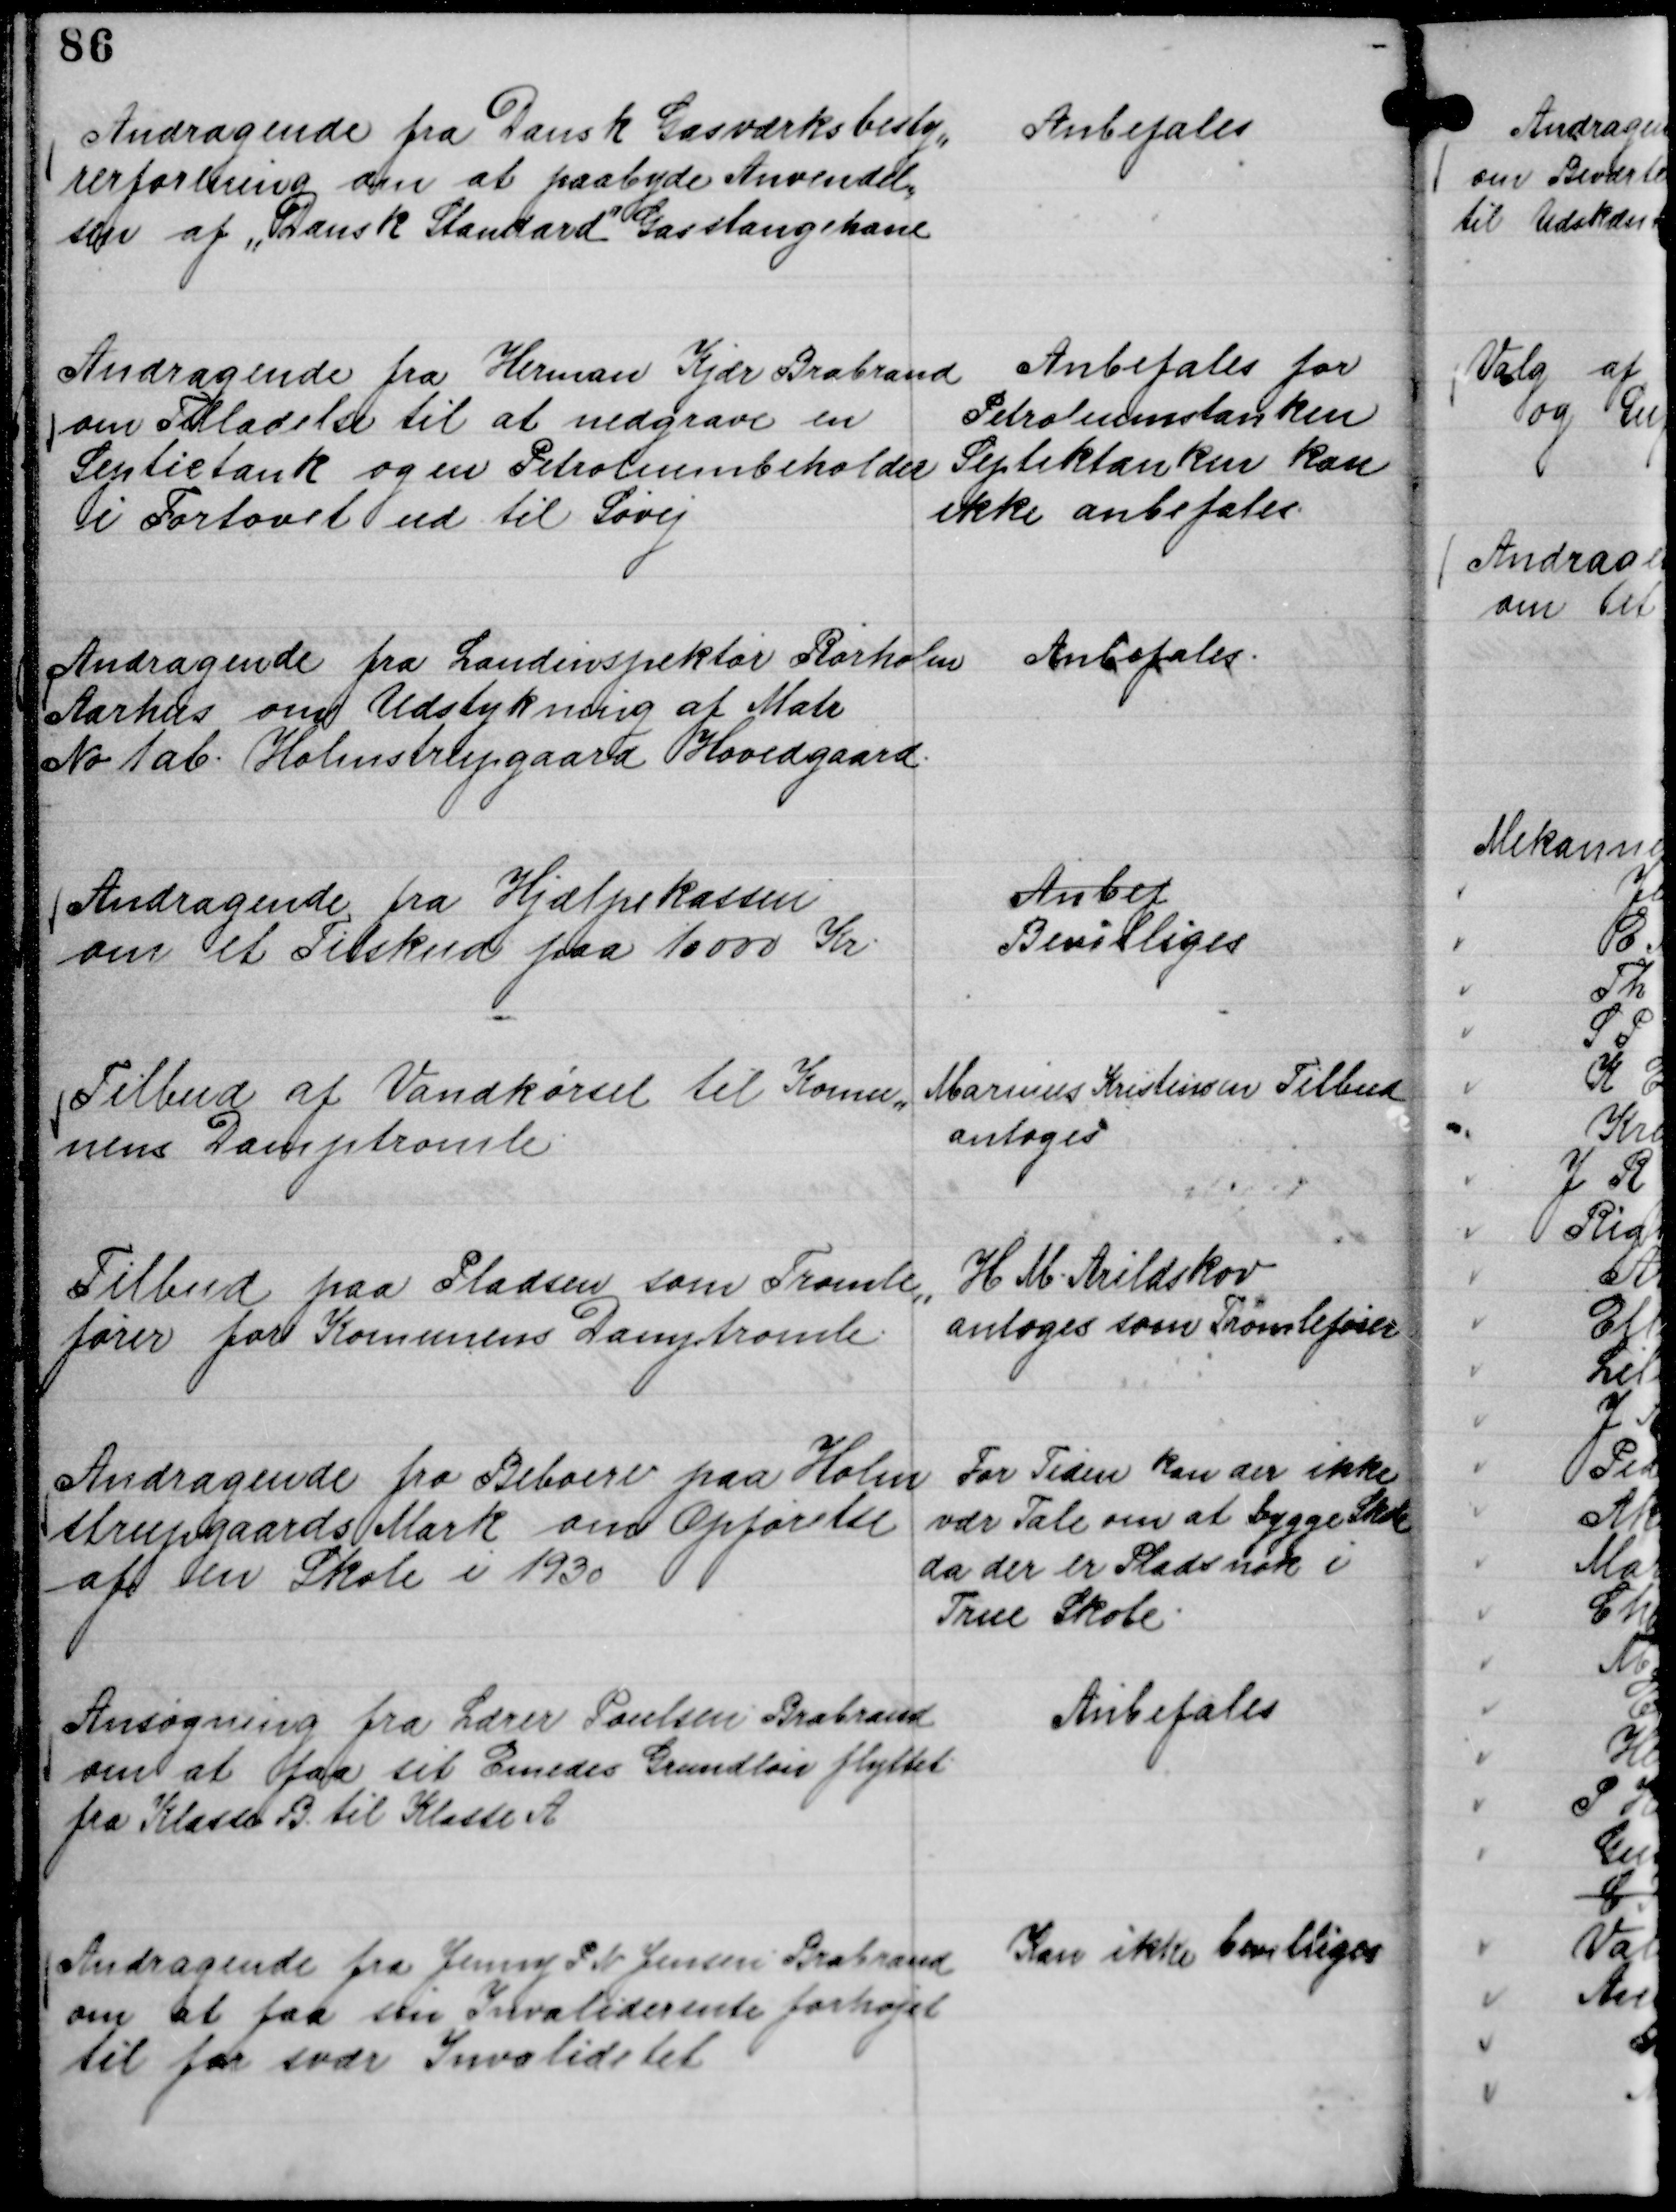
Transskription:
Andragende fra Dansk Gasværksbesty,,
rerforening om at paabyde Anvendel,,
sen af "Dansk Standard"

Gasslangekasse

Anbefales

Andragende fra Herman Kjær Brabrand
om Tilladelse til at nedgrave en
Septictank og en Petroleumbeholder
i Fortovet ud til Søvej

Anbefales for
Petroleumstanken
Septiktanken kan
ikke anbefales.

Andragende fra Landinspektør Rørholm
Aarhus om Udstykning af Matr
No 1 ab. Holmstrupgaard Hovedgaard.

Anbefales.

Andragende fra Hjælpekassen
om et Tilskud paa 10000 Kr.

Anbef
Bevilliges

Tilbud af Vandkørsel til Komu,,
nens Damptromle.

Marinus Kristensen Tilbud
antages

Tilbud paa Pladsen som Tromle,,
fører for Komunens Damptromle.

H M. Arildskov
antoges som Tromlefører

Andragende fra Beboere paa Holm
strupgaards Mark om Opførelse
af en Skole i 1930

For Tiden kan der ikke
vær Tale om at bygge Skole
da der er Plads nok i
True Skole.

Ansøgning fra Lærer Poulsen Brabrand
om at faa sit Emedes Grundløn flyttet
fra Klasse B til Klasse A

Anbefales

Andragende fra Jenny P N Jensen Brabrand
om at faa sin Invaliderente forhøjet
til for svær Invaliditet

Kan ikke bevilliges